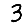
Digit: 3